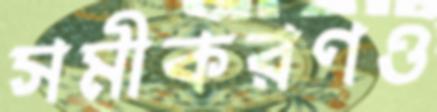
সমীকরণও